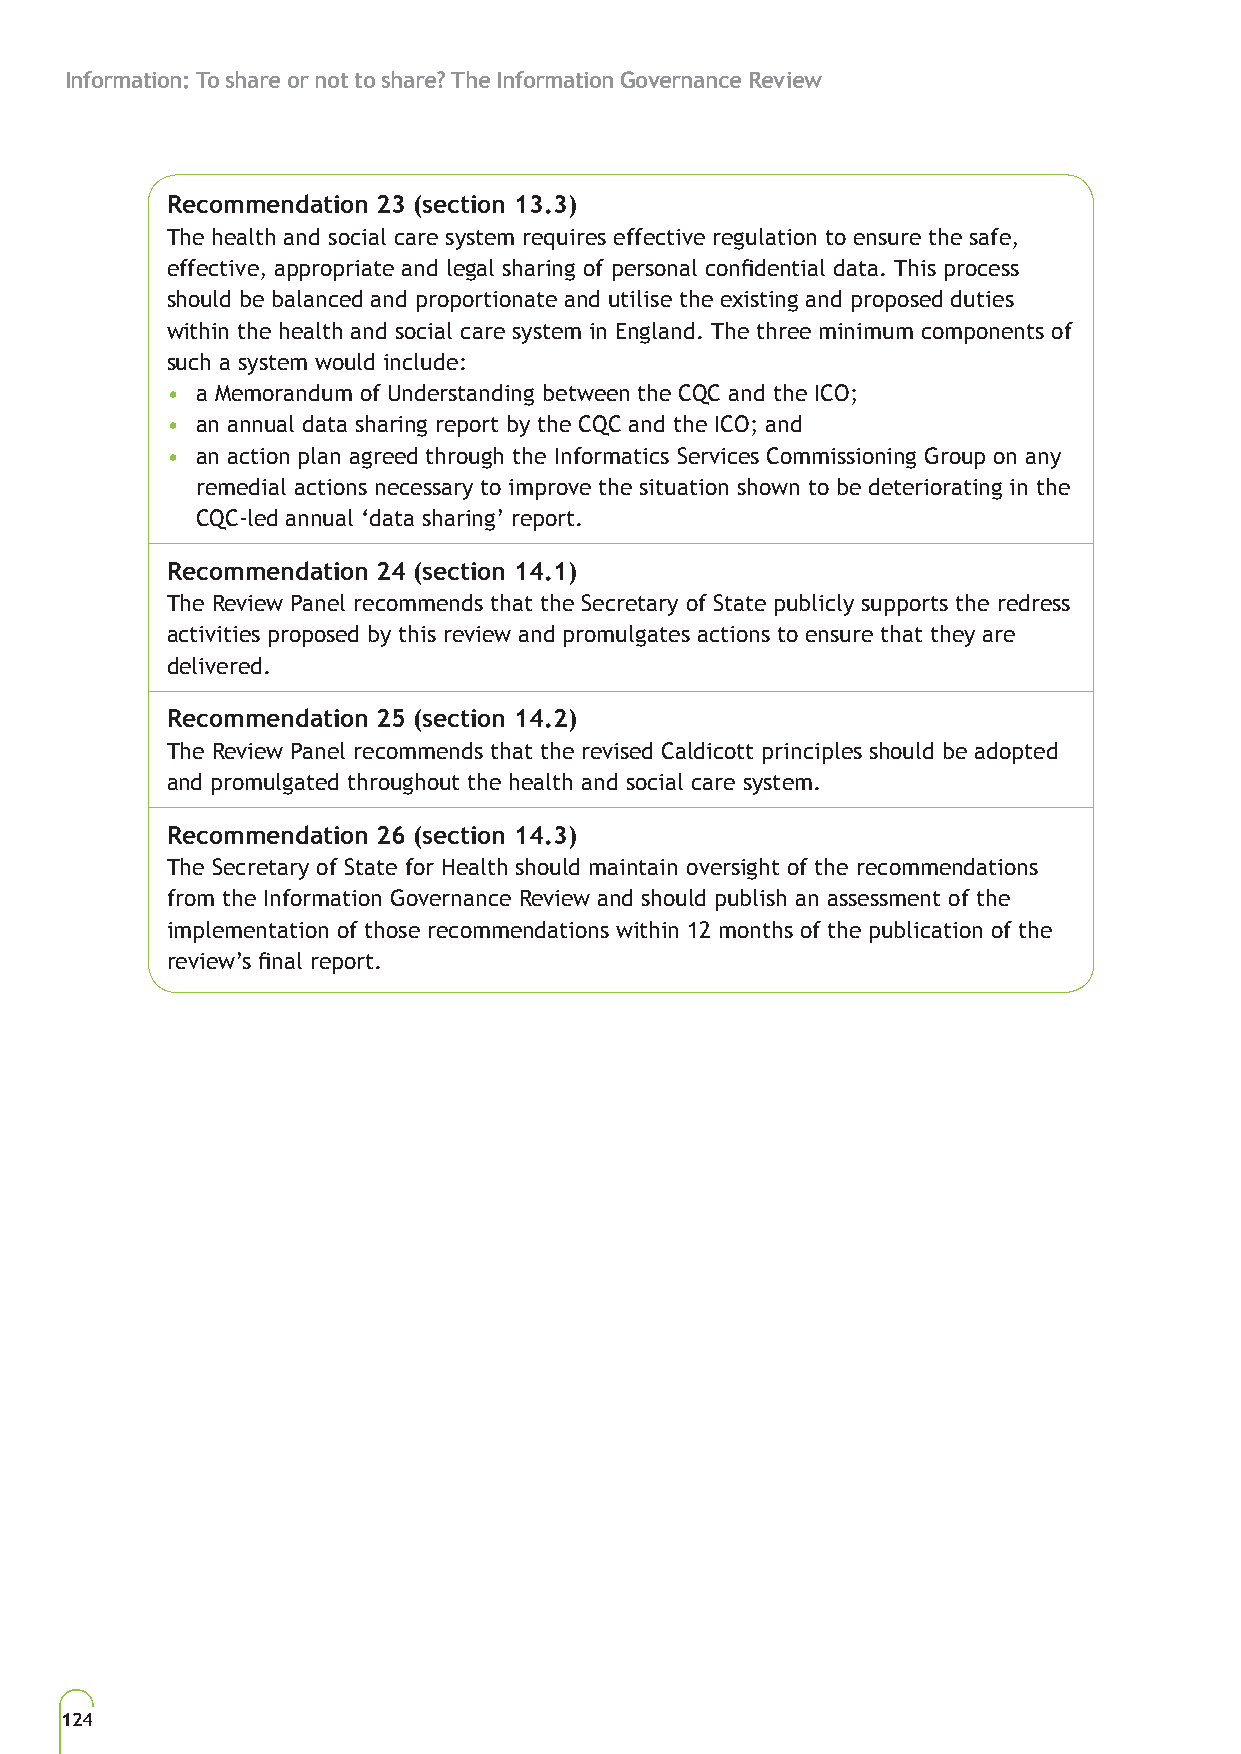
Information: To share or not to share? The Information Governance Review
 Recommendation 23 (section 13.3)
 The health and social care system requires effective regulation to ensure the safe,
 effective, appropriate and legal sharing of personal confidential data. This process
 should be balanced and proportionate and utilise the existing and proposed duties
 within the health and social care system in England. The three minimum components of
 such a system would include:
 • a Memorandum of Understanding between the CQC and the ICO;
 • an annual data sharing report by the CQC and the ICO; and
 • an action plan agreed through the Informatics Services Commissioning Group on any
 remedial actions necessary to improve the situation shown to be deteriorating in the
 CQC-led annual ‘data sharing’ report.
 Recommendation 24 (section 14.1)
 The Review Panel recommends that the Secretary of State publicly supports the redress
 activities proposed by this review and promulgates actions to ensure that they are
 delivered.
 Recommendation 25 (section 14.2)
 The Review Panel recommends that the revised Caldicott principles should be adopted
 and promulgated throughout the health and social care system.
 Recommendation 26 (section 14.3)
 The Secretary of State for Health should maintain oversight of the recommendations
 from the Information Governance Review and should publish an assessment of the
 implementation of those recommendations within 12 months of the publication of the
 review’s final report.
 124